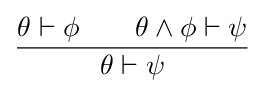
{\frac {\theta \vdash \phi \quad \quad \theta \wedge \phi \vdash \psi }{\theta \vdash \psi }}